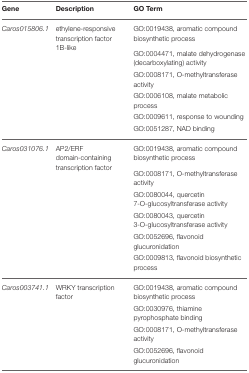
<table><thead><tr><td><b>Gene</b></td><td><b>Description</b></td><td><b>GO Term</b></td></tr></thead><tbody><tr><td><i>Caros015806.1</i></td><td>ethylene-responsive transcription factor 1B-like</td><td>GO:0019438, aromatic compound biosynthetic process</td></tr><tr><td></td><td></td><td>GO:0004471, malate dehydrogenase (decarboxylating) activity</td></tr><tr><td></td><td></td><td>GO:0008171, O-methyltransferase activity</td></tr><tr><td></td><td></td><td>GO:0006108, malate metabolic process</td></tr><tr><td></td><td></td><td>GO:0009611, response to wounding</td></tr><tr><td></td><td></td><td>GO:0051287, NAD binding</td></tr><tr><td><i>Caros031076.1</i></td><td>AP2/ERF domain-containing transcription factor</td><td>GO:0019438, aromatic compound biosynthetic process</td></tr><tr><td></td><td></td><td>GO:0008171, O-methyltransferase activity</td></tr><tr><td></td><td></td><td>GO:0080044, quercetin 7-O-glucosyltransferase activity</td></tr><tr><td></td><td></td><td>GO:0080043, quercetin 3-O-glucosyltransferase activity</td></tr><tr><td></td><td></td><td>GO:0052696, flavonoid glucuronidation</td></tr><tr><td></td><td></td><td>GO:0009813, flavonoid biosynthetic process</td></tr><tr><td><i>Caros003741.1</i></td><td>WRKY transcription factor</td><td>GO:0019438, aromatic compound biosynthetic process</td></tr><tr><td></td><td></td><td>GO:0030976, thiamine pyrophosphate binding</td></tr><tr><td></td><td></td><td>GO:0008171, O-methyltransferase activity</td></tr><tr><td></td><td></td><td>GO:0052696, flavonoid glucuronidation</td></tr></tbody></table>